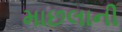
માછલાની